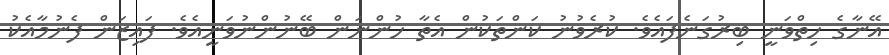
އޭނާގެ ހިތްވަނީ ބިރުގަނެފައެވެ. ކުރެވުނު ކަންތަކުން އެތާ ހުންނަން ބޭނުންނުވަނީއެވެ. ފައިޒަން ފެނުމާއެކު